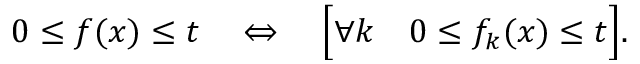
0 \leq f ( x ) \leq t \quad \Leftrightarrow \quad { \Bigl [ } \forall k \quad 0 \leq f _ { k } ( x ) \leq t { \Bigr ] } .